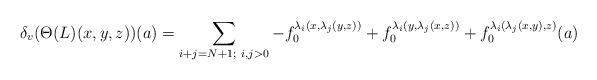
LaTeX: \begin{align*}\delta_v(\Theta(L)(x,y,z))(a)=\sum_{i+j=N+1;~ i,j>0}-f_0^{\lambda_i(x,\lambda_j(y,z))}+f_0^{\lambda_i(y,\lambda_j(x,z))}+f_0^{\lambda_i(\lambda_j(x,y),z)}(a)\end{align*}